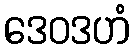
ဒေဝဒဟံ